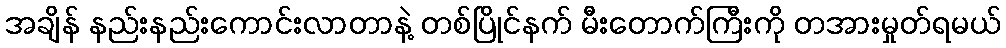
အချိန် နည်းနည်းကောင်းလာတာနဲ့ တစ်ပြိုင်နက် မီးတောက်ကြီးကို တအားမှုတ်ရမယ်